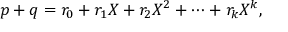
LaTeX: p + q = r _ { 0 } + r _ { 1 } X + r _ { 2 } X ^ { 2 } + \cdots + r _ { k } X ^ { k } ,